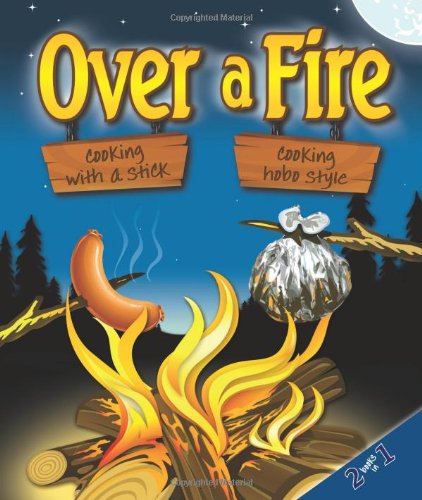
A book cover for Over a Fire: Cooking with a Stick & Cooking Hobo Style - Campfire Cooking; CQ Products; Cookbooks, Food & Wine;